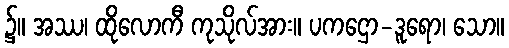
၌။ အဿ၊ ထိုလောကီ ကုသိုလ်အား။ ပကဌော-ဒူရော၊ သော။